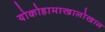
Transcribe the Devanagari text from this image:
योकोहामाखालोखाल